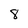
Character: 8